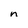
Character: n